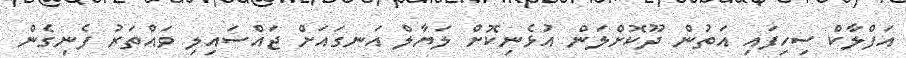
އަފްލާކް ސިހިފައި އަތުން ދޫކޮށްލަން އުޅެނިކޮށް ލަޔާލް އަނގައަށް ޖައްސައިލި ވައްތަރު ފެނިގެން